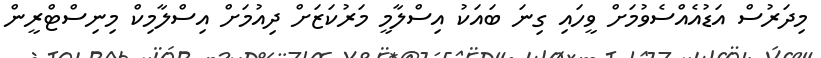
މިދަރުސް އަޑުއެއްސެވުމަށް ވީހައި ގިނަ ބައަކު އިސްލާމީ މަރުކަޒަށް ދިއުމަށް އިސްލާމިކް މިނިސްޓްރީން